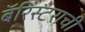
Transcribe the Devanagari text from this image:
बॅरिस्टराची